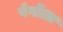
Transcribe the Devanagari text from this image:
पेर्गोला